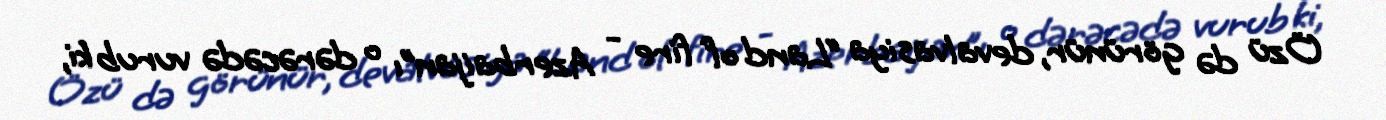
Özü də görünür, devalvasiya “Land of fire - Azerbaijan”ı o dərəcədə vurub ki,